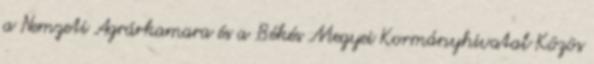
a Nemzeti Agrárkamara és a Békés Megyei Kormányhivatal Közös